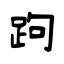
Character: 跔